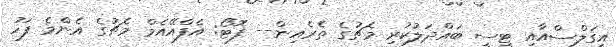
އީގަލްސްއާއި ޓީސީ ބައްދަލުކުރި މެޗުގެ ތެރެއިން-- ފޮޓޯ: އެފްއޭއެމް މެޗުގެ އެންމެ ފަހު